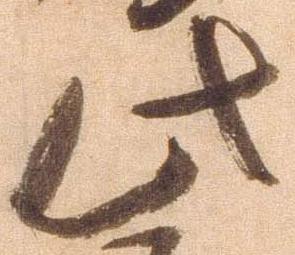
此